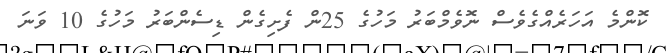
ކޮންމެ އަހަރެއްގެވެސް ނޮވެމްބަރު މަހުގެ 25ން ފެށިގެން ޑިސެންބަރު މަހުގެ 10 ވަނަ